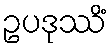
ဥပဒုဿိံ